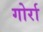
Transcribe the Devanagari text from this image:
गोर्रा